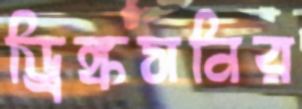
ড্রিঙ্কসনির